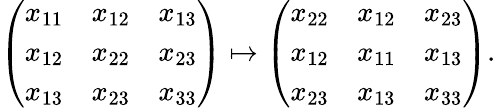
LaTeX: \left(\begin{array}{lll}{x_{11}}&{x_{12}}&{x_{13}}\\ {x_{12}}&{x_{22}}&{x_{23}}\\ {x_{13}}&{x_{23}}&{x_{33}}\end{array}\right)\mapsto\left(\begin{array}{lll}{x_{22}}&{x_{12}}&{x_{23}}\\ {x_{12}}&{x_{11}}&{x_{13}}\\ {x_{23}}&{x_{13}}&{x_{33}}\end{array}\right).